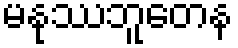
မနုဿဘူတေန